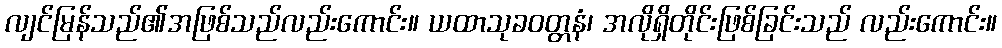
လျင်မြန်သည်၏အဖြစ်သည်လည်းကောင်း။ ယထာသုခဝတ္တနံ၊ အလိုရှိတိုင်းဖြစ်ခြင်းသည် လည်းကောင်း။